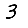
Digit: 3